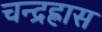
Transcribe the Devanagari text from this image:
चन्द्रह्रास